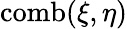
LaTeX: \operatorname{comb}(\xi,\eta)